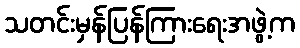
သတင်းမှန်ပြန်ကြားရေးအဖွဲ့က